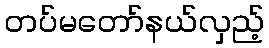
တပ်မတော်နယ်လှည့်